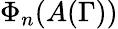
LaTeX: \Phi_{n}(A(\Gamma))